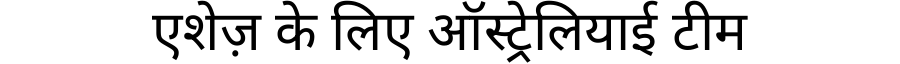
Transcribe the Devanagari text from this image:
एशेज़ के लिए ऑस्ट्रेलियाई टीम